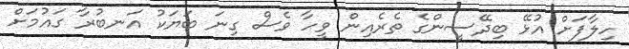
ހިލާފަށް އުޅޭ ބިދޭސީންގެ ތެރެއިން ވީހާ ވެސް ގިނަ ބަޔަކު އަނބުރާ ގައުމަށް